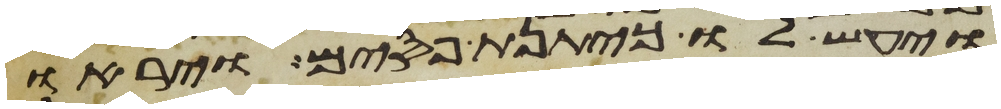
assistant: ויעש לו כיתנת פסים ויראו